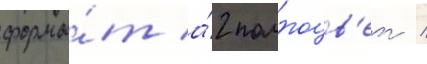
форма́т а́2 полноцв'ет /